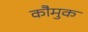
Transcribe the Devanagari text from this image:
कौमुक